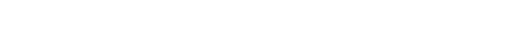
ဥပါသကေ၊ ဥပါသကာတို့ကို။ ပဌမံ၊ ရှေးဦးစွာ။ သရဏံ၊ ကိုးကွယ်ရာဖြစ်သော